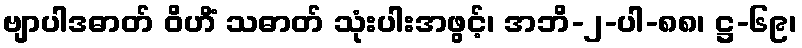
ဗျာပါဒဓာတ် ဝိဟိံ သဓာတ် သုံးပါးအဖွင့်၊ အဘိ-၂-ပါ-၈၈၊ ဋ္ဌ-၆၉၊